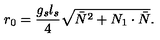
r _ { 0 } = \frac { g _ { s } l _ { s } } { 4 } \sqrt { \bar { N } ^ { 2 } + N _ { 1 } \cdot \bar { N } } .